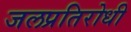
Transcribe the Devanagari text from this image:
जलप्रतिरोधी